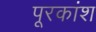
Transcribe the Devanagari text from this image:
पूरकांश